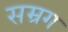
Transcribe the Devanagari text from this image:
सम्रग